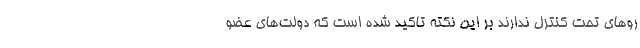
رو‌های تحت کنترل ندارند بر این نکته تاکید شده است که دولت‌های عضو